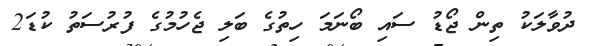
ދުވާލަކު ތިން ޖޯޑު ސައި ބޯނަމަ ހިތުގެ ބަލި ޖެހުމުގެ ފުރުސަތު ކުޑަ2